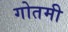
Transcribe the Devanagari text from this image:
गोतमी